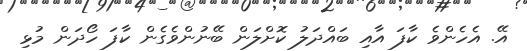
އޭ. އެހެންވެ ކާފަ އާއި ބައްދަލު ކޮށްލަން ބޭނުންވެގެން ކާފަ ހޯދަން މުޅި